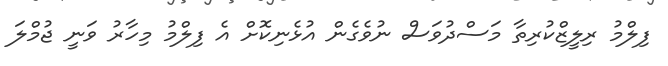
ފިލްމު ރިލީޒްކުރިތާ މަސްދުވަސް ނުވެގެން އުޅެނިކޮށް އެ ފިލްމު މިހާރު ވަނީ ޖުމްލަ